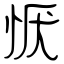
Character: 恹